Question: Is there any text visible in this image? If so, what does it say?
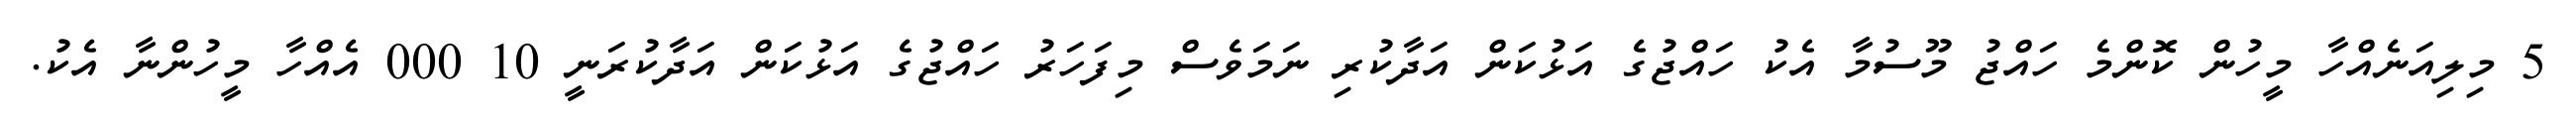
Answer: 5 މިލިއަނެއްހާ މީހުން ކޮންމެ ހައްޖު މޫސުމާ އެކު ހައްޖުގެ އަޅުކަން އަދާކުރި ނަމަވެސް މިފަހަރު ހައްޖުގެ އަޅުކަން އަދާކުރަނީ 10 000 އެއްހާ މީހުންނާ އެކު.